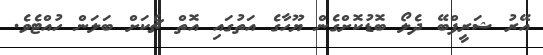
އޭރު ޝަރީފްބޭ ދެލޯ ބޮޑުކޮށްގެން ޔޫހާގެ އަތުގައި އޮތް ޗެކަށް ބަލަން ހުއްޓެވެ.